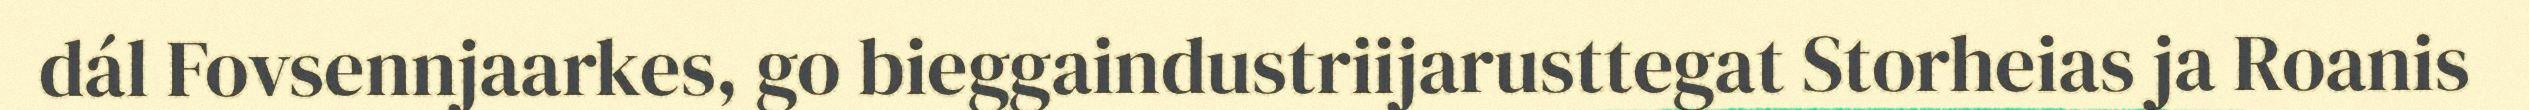
dál Fovsennjaarkes, go bieggaindustriijarusttegat Storheias ja Roanis